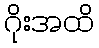
ဂိုးအထိ